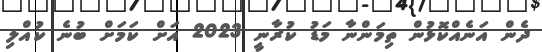
ދެން އަނެއްކޮޅުން ތިމަންނާ މަޑު ކުރާނީ 2023 އަށް ކަމަށް ބުނެ ކުއްލި